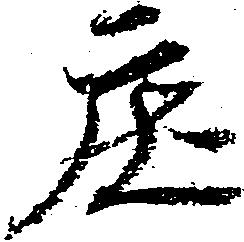
庄